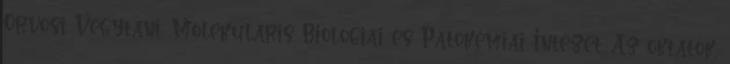
Orvosi Vegytani, Molekuláris Biológiai és Patokémiai Intézet. Az oktatók,